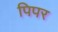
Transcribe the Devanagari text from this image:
पिपर